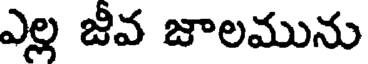
ఎల్ల జీవ జాలమును